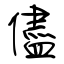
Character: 儘